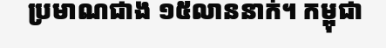
ប្រមាណជាង ១៥លាននាក់។ កម្ពុជា